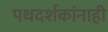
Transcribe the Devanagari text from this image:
पथदर्शकांनाही